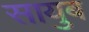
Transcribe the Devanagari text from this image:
सायुब